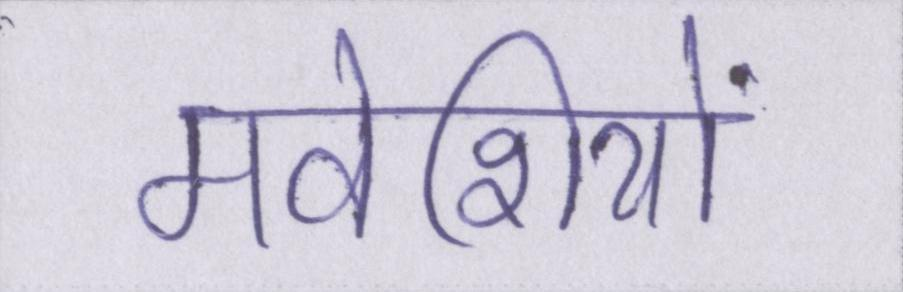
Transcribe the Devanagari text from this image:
मवेशियों